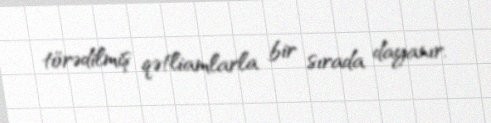
törədilmiş qətliamlarla bir sırada dayanır.